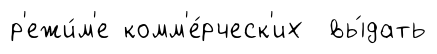
р'ежи́м'е комм'е́рческ'их вы́дать